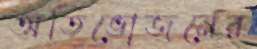
অতিভোজনের